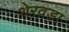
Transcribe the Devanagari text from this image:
थेरवड़ा